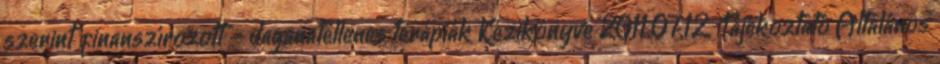
szerint finanszírozott - daganatellenes terápiák Kézikönyve 2011.07.12. Tájékoztató Általános